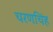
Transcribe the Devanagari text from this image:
चरणचिंह